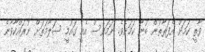
ވާތީ ކަމަށް އެފަރާތުން ބުނާ ކަމަށެވެ. ނަމަވެސް އެއީ ގައުމީ ސަލާމަތަށް ނުރައްކާވާނެ